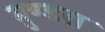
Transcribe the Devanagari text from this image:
मुण्डरा